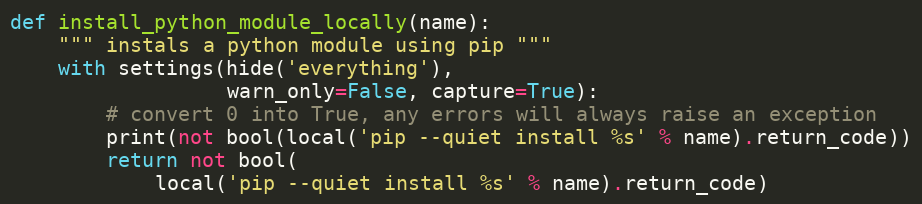
Language: Python
def install_python_module_locally(name):
    """ instals a python module using pip """
    with settings(hide('everything'),
                  warn_only=False, capture=True):
        # convert 0 into True, any errors will always raise an exception
        print(not bool(local('pip --quiet install %s' % name).return_code))
        return not bool(
            local('pip --quiet install %s' % name).return_code)